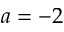
a = - 2